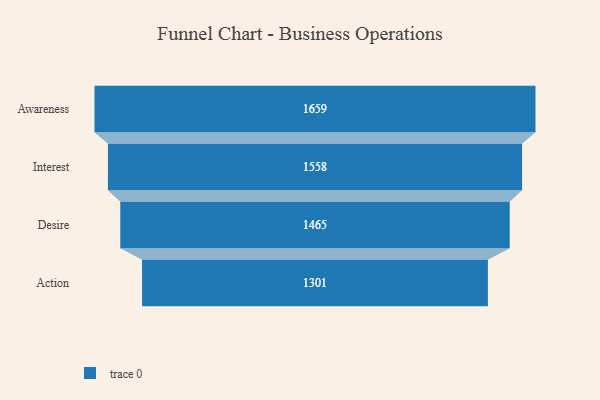
{"axis": {"x": "Stage", "y": "Value"}, "legend": [""], "data": [{"x": "Awareness", "y": 1659.0, "type": ""}, {"x": "Interest", "y": 1558.0, "type": ""}, {"x": "Desire", "y": 1465.0, "type": ""}, {"x": "Action", "y": 1301.0, "type": ""}]}